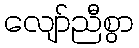
လျော်ညီစွာ